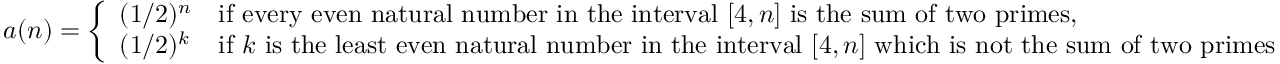
a ( n ) = { \left\{ \begin{array} { l l } { ( 1 / 2 ) ^ { n } } & { { \mathrm { i f ~ e v e r y ~ e v e n ~ n a t u r a l ~ n u m b e r ~ i n ~ t h e ~ i n t e r v a l ~ } } [ 4 , n ] { \mathrm { ~ i s ~ t h e ~ s u m ~ o f ~ t w o ~ p r i m e s } } , } \\ { ( 1 / 2 ) ^ { k } } & { { \mathrm { i f ~ } } k { \mathrm { ~ i s ~ t h e ~ l e a s t ~ e v e n ~ n a t u r a l ~ n u m b e r ~ i n ~ t h e ~ i n t e r v a l ~ } } [ 4 , n ] { \mathrm { ~ w h i c h ~ i s ~ n o t ~ t h e ~ s u m ~ o f ~ t w o ~ p r i m e s } } } \end{array} \right. }